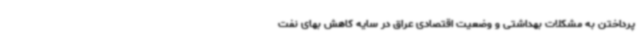
پرداختن به مشکلات بهداشتی و وضعیت اقتصادی عراق در سایه کاهش بهای نفت